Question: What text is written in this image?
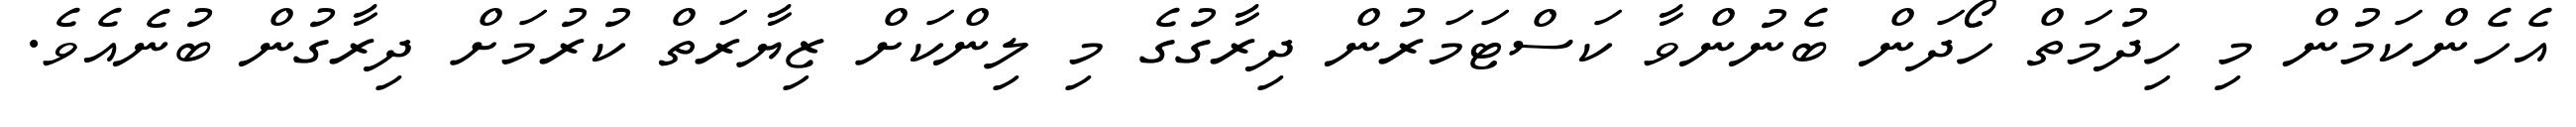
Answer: އެހެންކަމުން މި ހިދުމަތް ހޯދަން ބެނުންވާ ކަސްޓަމަރުން ދިރާގުގެ މި ލިންކަށް ޒިޔާރަތް ކުރުމަށް ދިރާގުން ބުނެއެވެ.